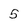
Character: 5